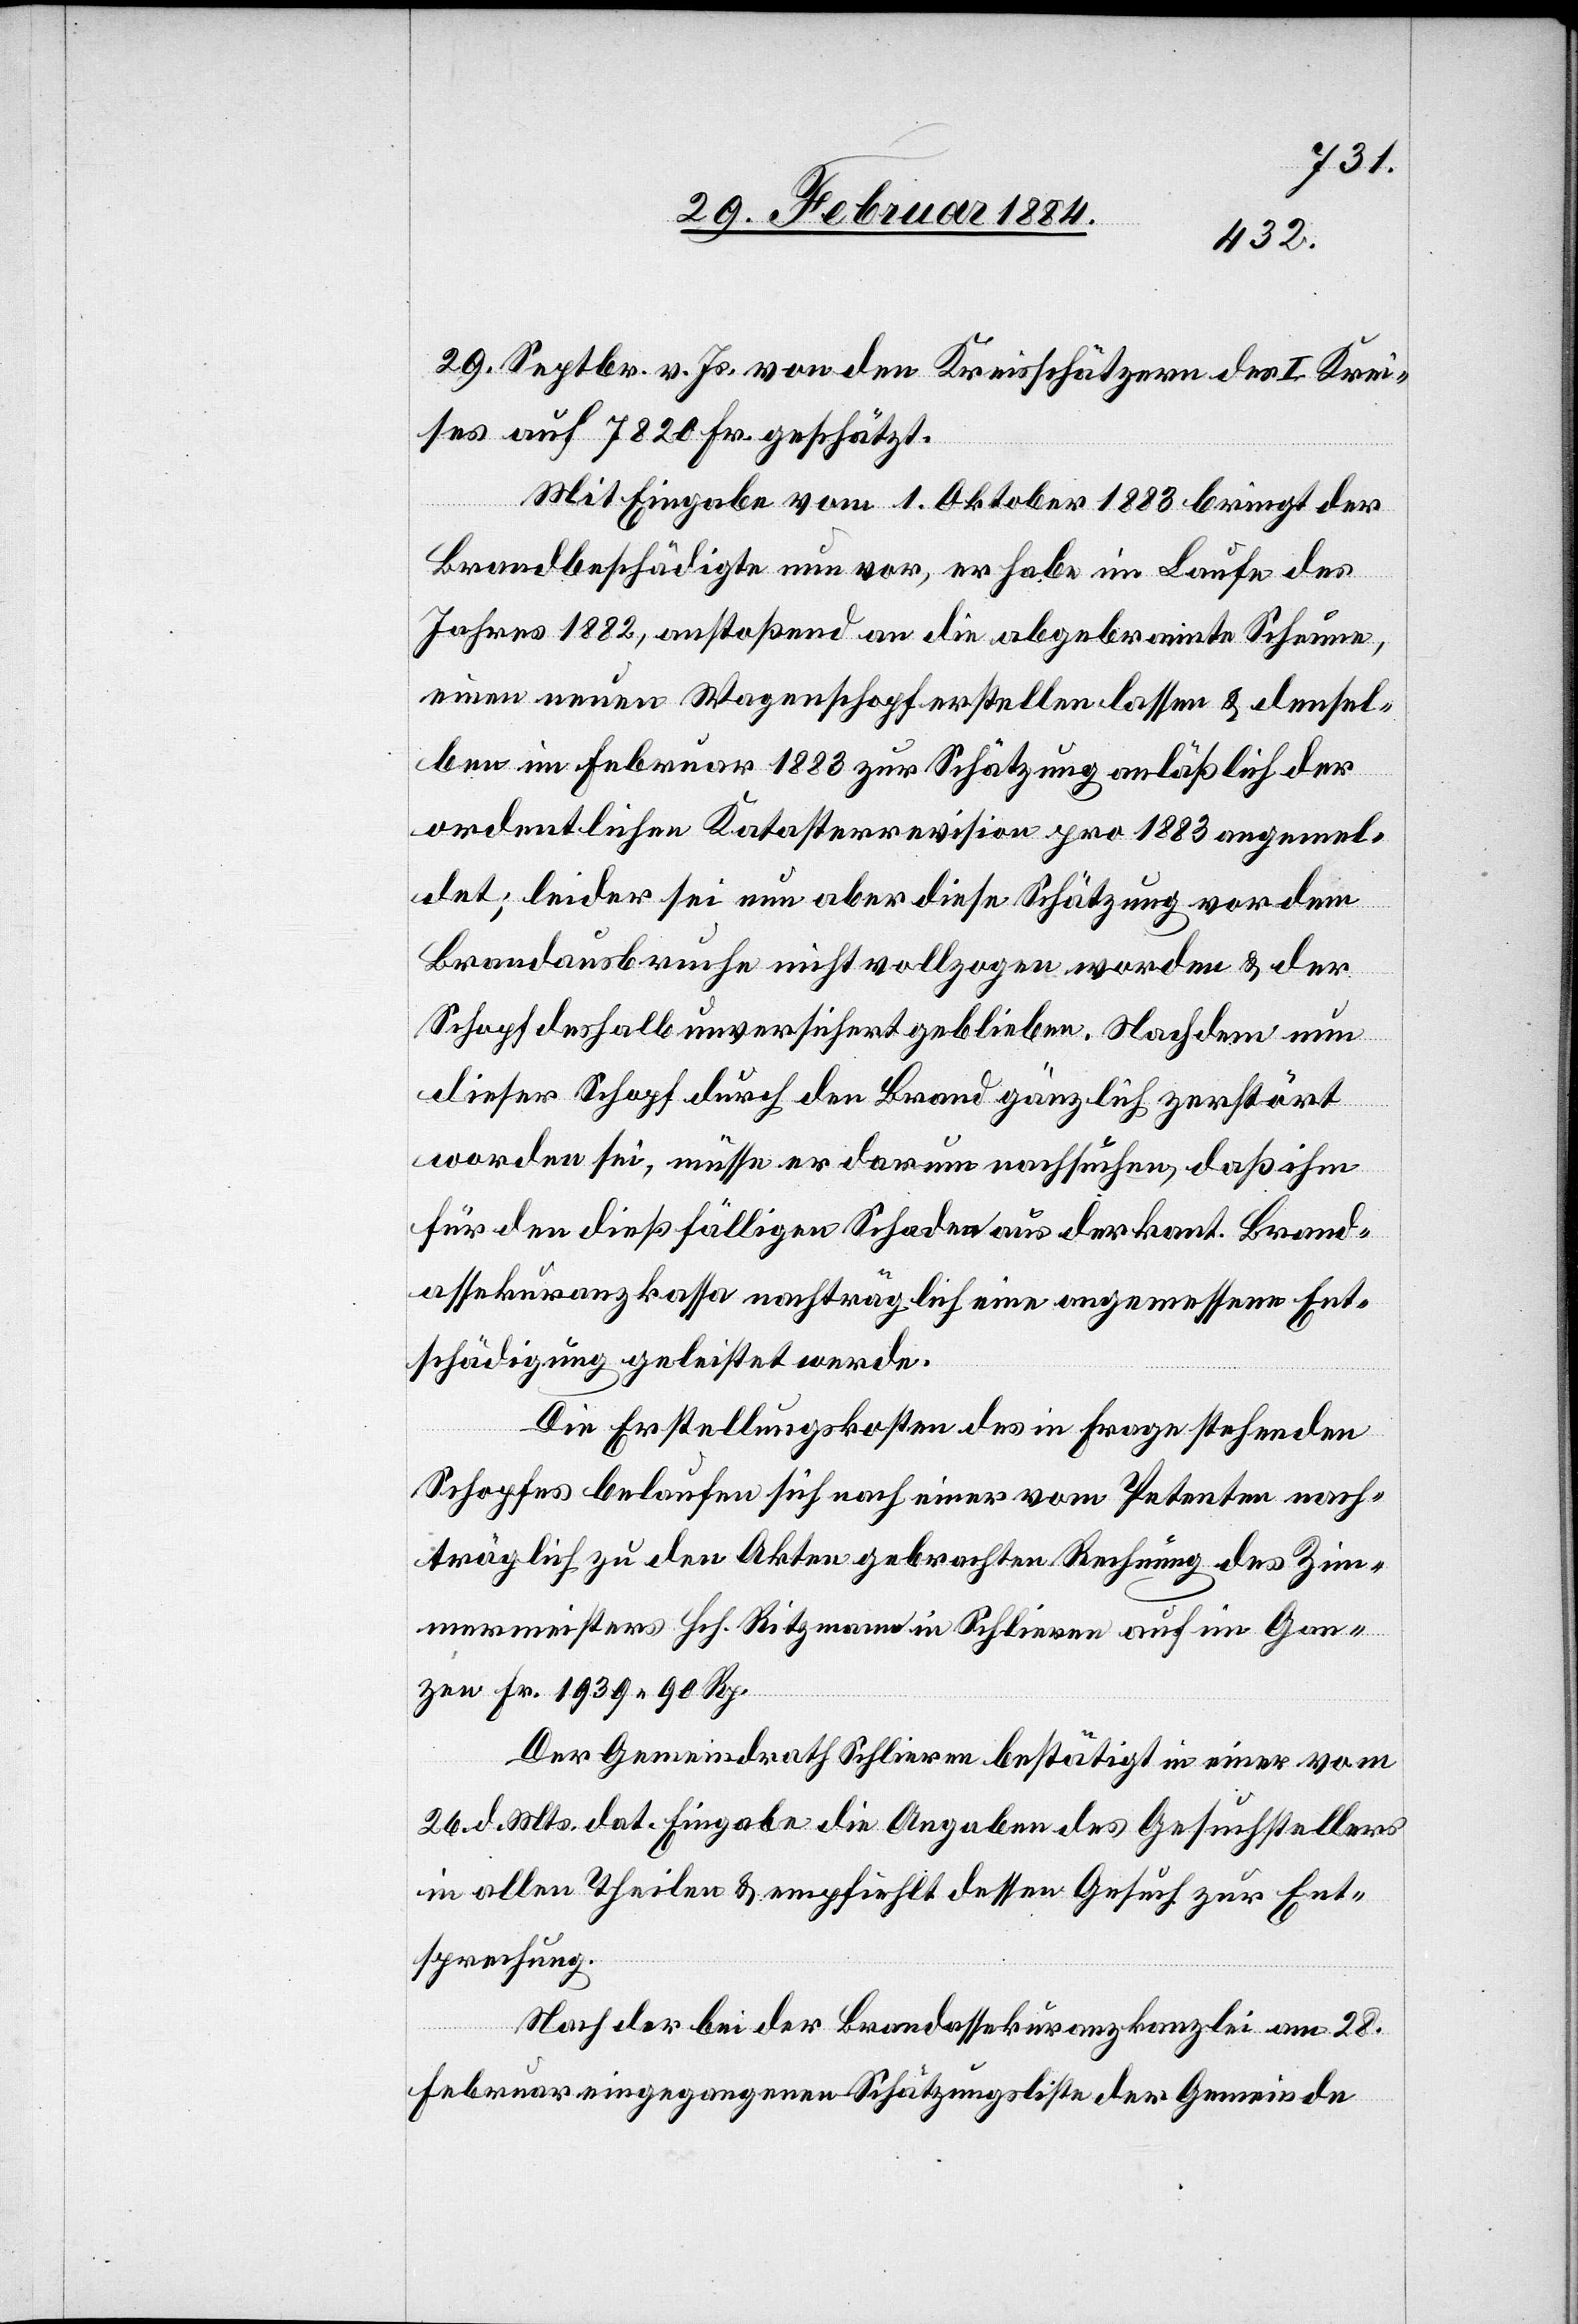
29. Septbr. v. Js. von den Kreisschätzern des I. Krei¬
ses auf 7820 Fr. geschätzt.
Mit Eingabe vom 1. Oktober 1883 bringt der
Brandbeschädigte nun vor, er habe im Laufe des
Jahres 1882, anstoßend an die abgebrannte Scheune,
einen neuen Wagenschopf erstellen lassen & densel¬
ben im Februar 1883 zur Schätzung anläßlich der
ordentlichen Katasterrevision pro 1883 angemel¬
det; leider sei nun aber diese Schätzung vor dem
Brandausbruche nicht vollzogen worden & der
Schopf deshalb unversichert geblieben. Nachdem nun
dieser Schopf durch den Brand gänzlich zerstört
worden sei, müsse er darum nachsuchen, daß ihm
für den dießfälligen Schaden aus der kant. Brand¬
assekuranzkassa nachträglich eine angemessen Ent¬
schädigung geleistet werde.
Die Erstellungskosten des in Frage stehenden
Schopfes belaufen sich nach einer vom Petenten nach¬
träglich zu den Akten gebrachten Rechnung des Zim¬
mermeisters Hch. Ritzmann in Schlieren auf im Gan¬
zen Fr. 1939 90 Rp.
Der Gemeindrath Schlieren bestätigt in einer vom
26. d. Mts. dat. Eingabe die Angabe des Gesuchstellers
in allen Theilen & empfiehlt dessen Gesuch zur Ent¬
sprechung.
Nach der bei der Brandassekuranzkanzlei am 28.
Februar eingegangenen Schätzungsliste der Gemeinde